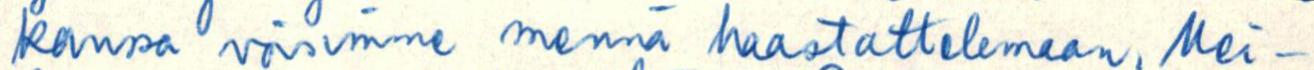
kanssa voisimme mennä haastattelemaan. Mei-